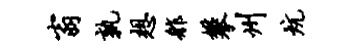
翁孰想舴攀州炕